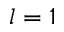
l = 1